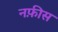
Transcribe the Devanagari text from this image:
नफ़ीस